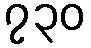
၇၃၀